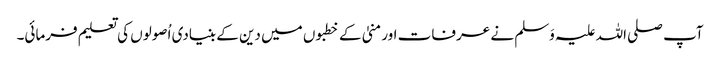
آپ صلی اللہ علیہ وَسلم نے عرفات اور منیٰ کے خطبوں میں دین کے بنیادی اُصولوں کی تعلیم فرمائی۔